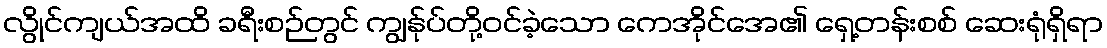
လွိုင်ကျယ်အထိ ခရီးစဉ်တွင် ကျွန်ုပ်တို့ဝင်ခဲ့သော ကေအိုင်အေ၏ ရှေ့တန်းစစ် ဆေးရုံရှိရာ